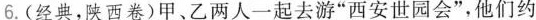
6. (经典，陕西卷)甲、乙两人一起去游“西安世园会”，他们约